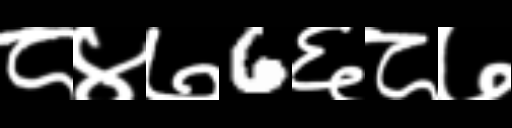
Text: ८४७6६८७